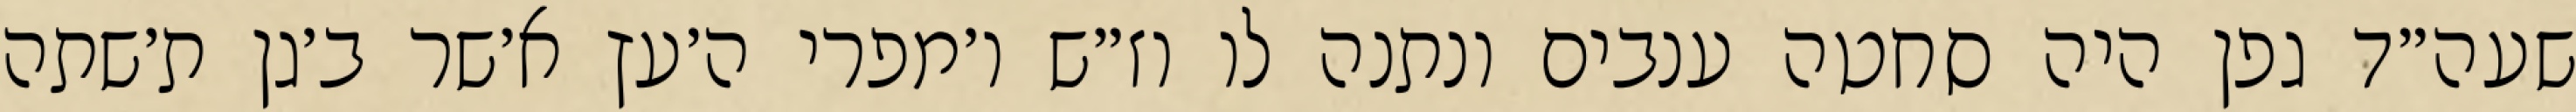
שעה״ד גפן היה סחטה ענבים ונתנה לו וז״ש ו׳מפרי ה׳עץ א׳שר ב׳גן ת׳שתה